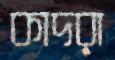
কাদরা